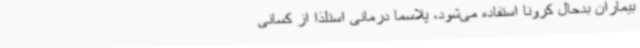
بیماران بدحال کرونا استفاده می‌شود، پلاسما درمانی استلذا از کسانی